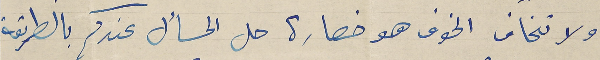
ولا تخاف الخوف هو خصارة حل المسأل عندكم بالطريقة